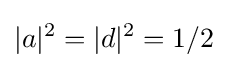
|a|^{2}=|d|^{2}=1/2